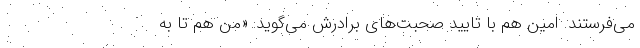
می‌فرستند. امین هم با تایید صحبت‌های برادرش می‌گوید: «من هم تا به